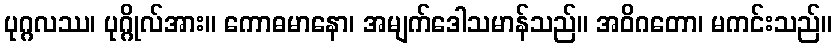
ပုဂ္ဂလဿ၊ ပုဂ္ဂိုလ်အား။ ကောဓမာနော၊ အမျက်ဒေါသမာန်သည်။ အဝိဂတော၊ မကင်းသည်။